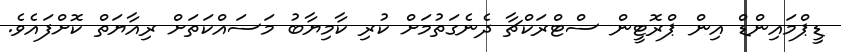
ޑީޕްމައިންޑް އިން ޕްރޮޓީން ސްޓްރަކްޗާ ދެނެގަތުމަށް ކުރި ކާމިޔާބު މަސައްކަތަށް ރިއާޔަތް ކޮށްފައެވެ.